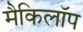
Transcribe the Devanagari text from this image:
मैकिलॉप